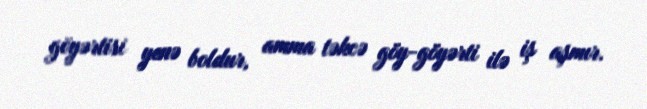
göyərtisi yenə boldur, amma təkcə göy-göyərti ilə iş aşmır.